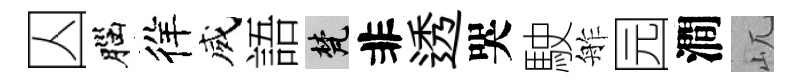
囚腦徉威語梵非透哭駛舴园澗屼